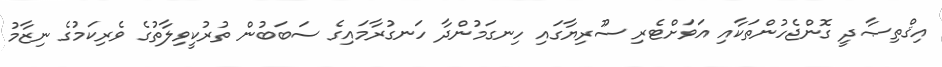
އިޤްތިޞާދީ ގޮންޖެހުންތަކާއި އަވަށްޓެރި ސޫރިޔާގައި ހިނގަމުންދާ ހަނގުރާމައިގެ ސަބަބުން ތުރުކީވިލާތުގެ ވެރިކަމުގެ ނިޒާމު